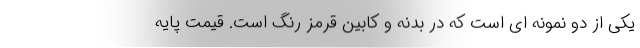
یکی از دو نمونه ای است که در بدنه و کابین قرمز رنگ است. قیمت پایه